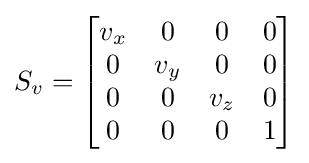
S_{v}={\begin{bmatrix}v_{x}&0&0&0\\0&v_{y}&0&0\\0&0&v_{z}&0\\0&0&0&1\end{bmatrix}}